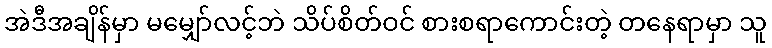
အဲဒီအချိန်မှာ မမျှော်လင့်ဘဲ သိပ်စိတ်ဝင် စားစရာကောင်းတဲ့ တနေရာမှာ သူ